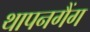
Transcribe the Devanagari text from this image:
थापनगैंग